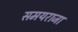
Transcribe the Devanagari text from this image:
समयराजा